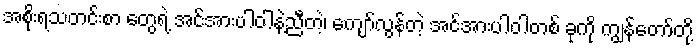
အစိုးရသတင်းစာ တွေရဲ့ အင်အားပါဝါနဲ့ညီတဲ့၊ ကျော်လွန်တဲ့ အင်အားပါဝါတစ် ခုကို ကျွန်တော်တို့